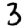
Digit: 3